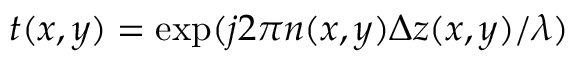
t ( x , y ) = \exp ( j 2 \pi n ( x , y ) \Delta z ( x , y ) / \lambda )